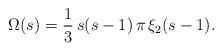
LaTeX: \begin{align*}\Omega(s) = \frac{1}{3} \, s (s-1) \, \pi \, \xi_2(s-1).\end{align*}